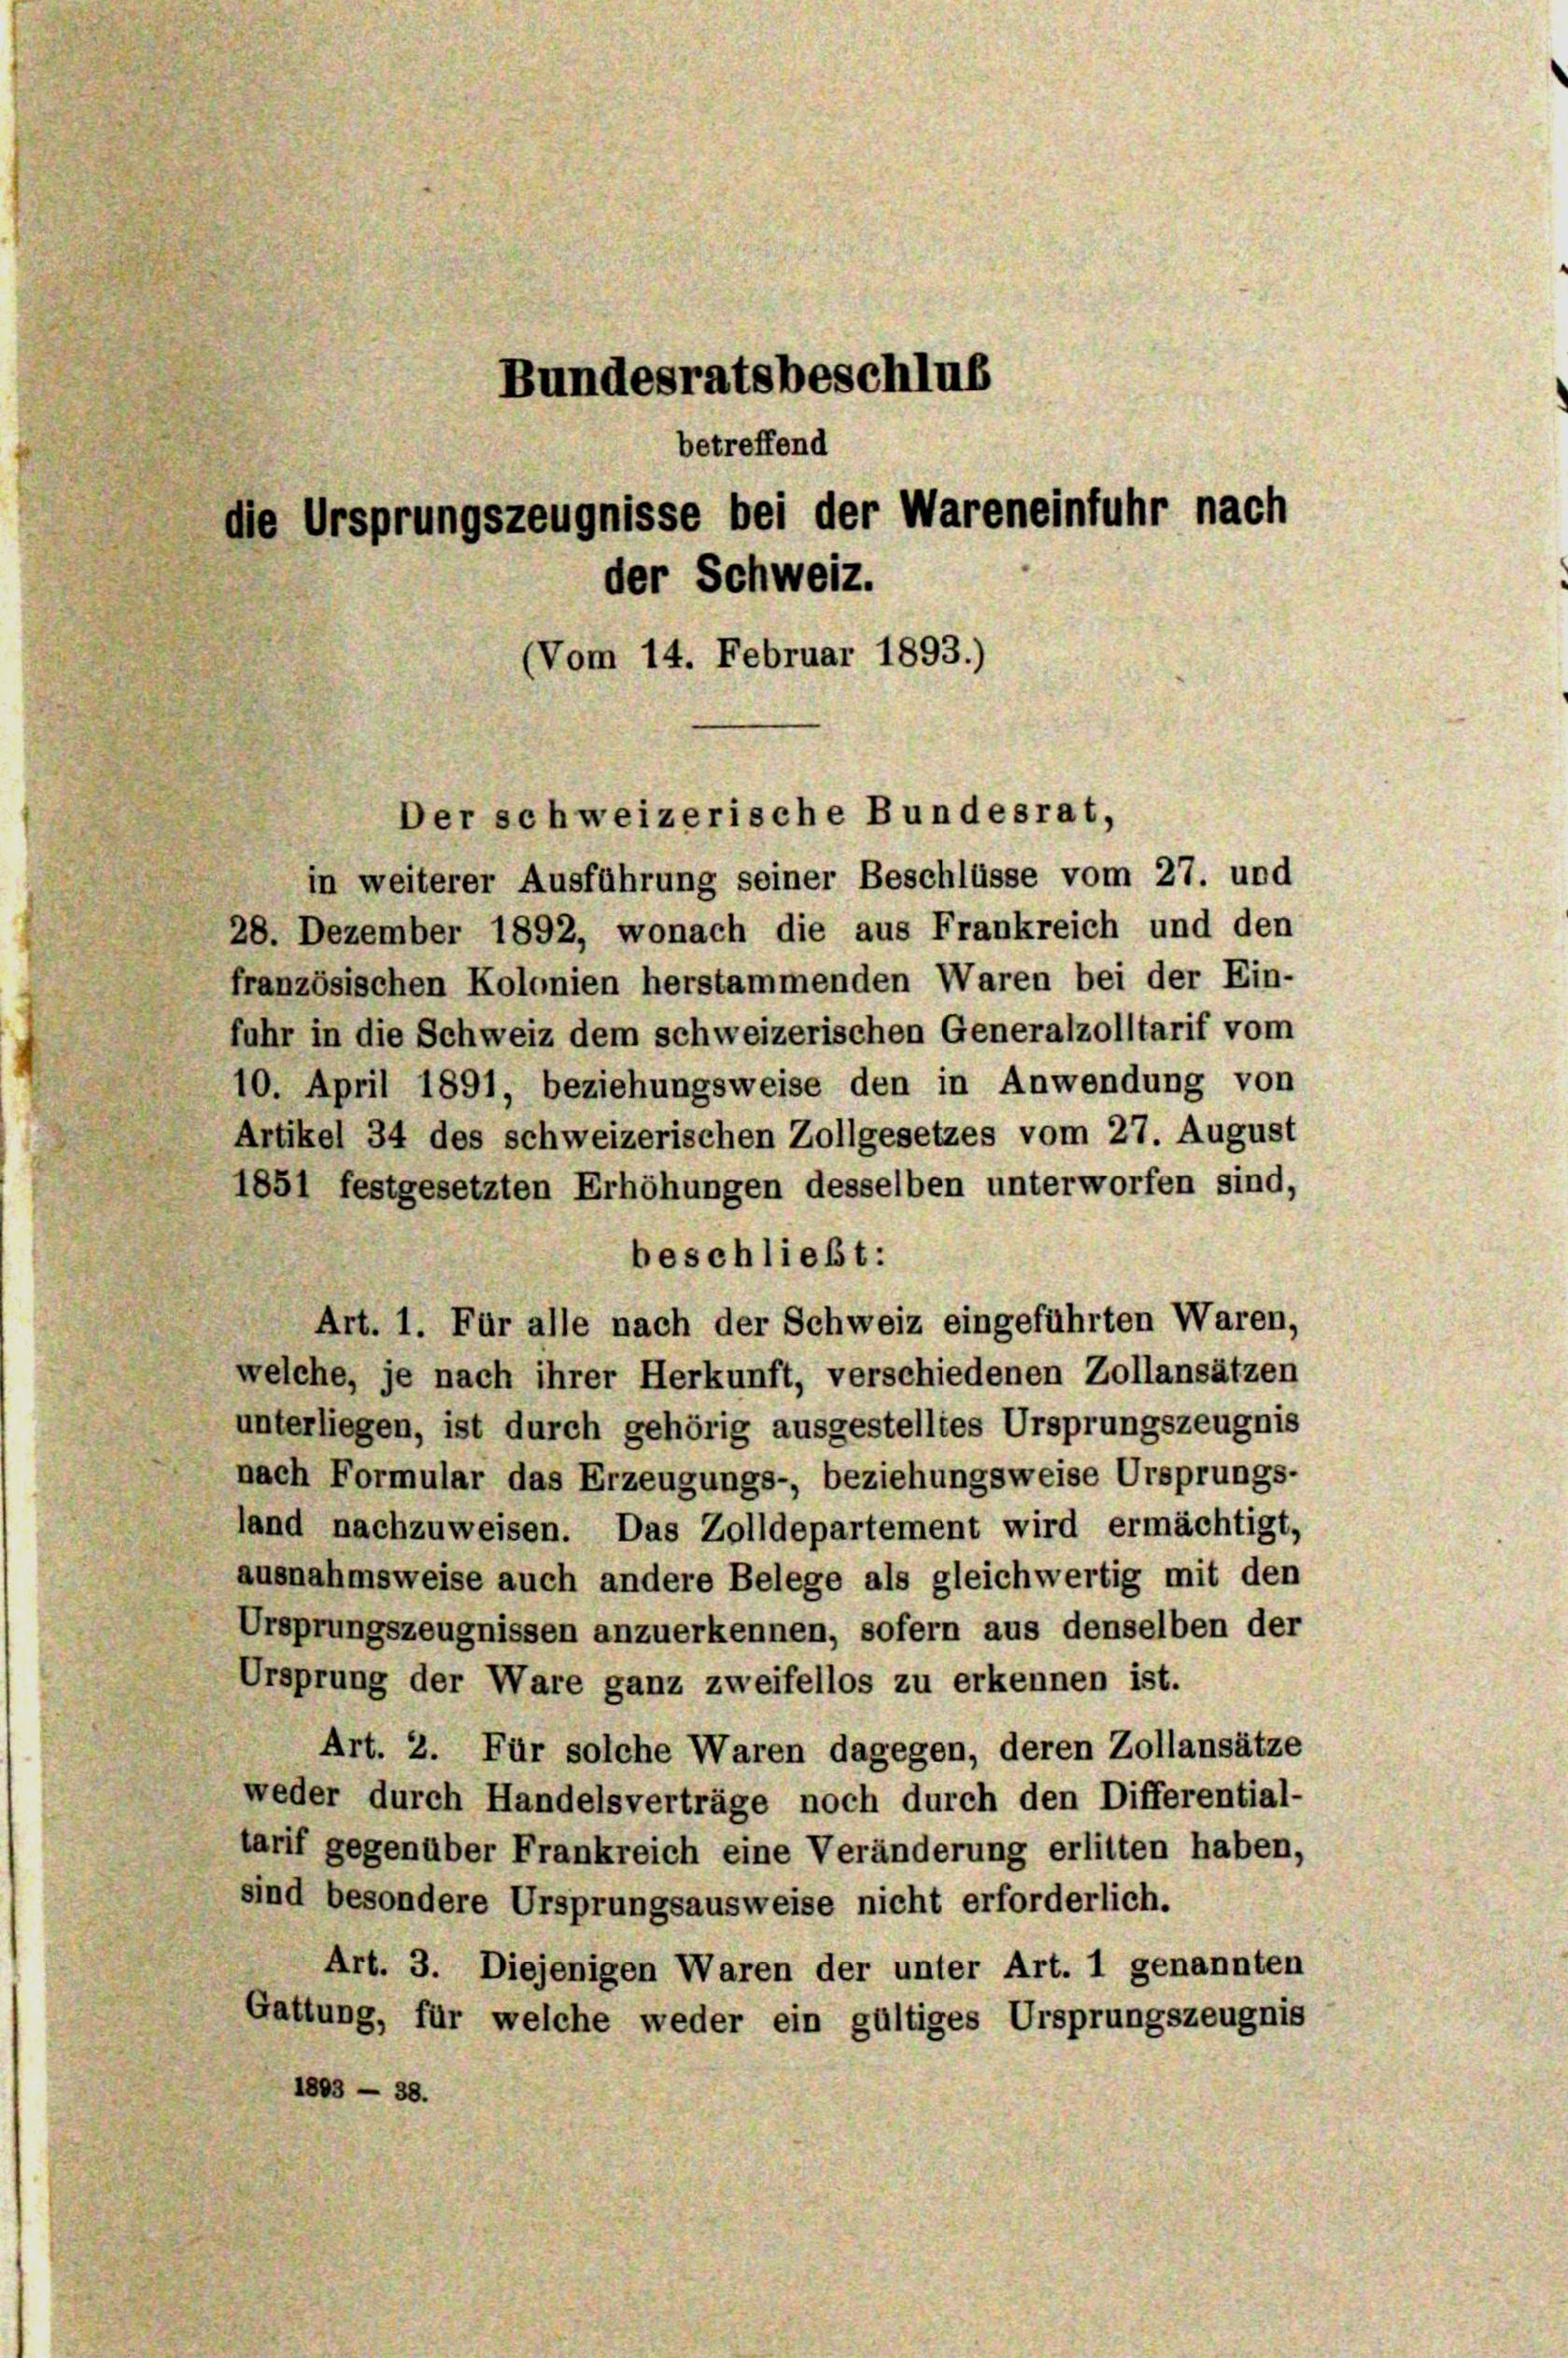
Bundesratsbeschlus
betreffend
die Ursprungszeugnisse bei der Wareneinfuhr nach
der Schweiz.
(Vom 14. Februar 1893.)

in weiterer Ausführung seiner Beschlüsse vom 27. und
28. Dezember 1892, wonach die aus Frankreich und den
französischen Kolonien herstammenden Waren bei der Ein-
fuhr in die Schweiz dem schweizerischen Generalzolltarif vom
10. April 1891, beziehungsweise den in Anwendung von
Artikel 34 des schweizerischen Zollgesetzes vom 27. August
1851 festgesetzten Erhöhungen desselben unterworfen sind,
beschließt:
Art. 1. Für alle nach der Schweiz eingeführten Waren,
welche, je nach ihrer Herkunft, verschiedenen Zollansätzen
unterliegen, ist durch gehörig ausgestelltes Ursprungszeugnis
nach Formular das Erzeugungs-, beziehungsweise Ursprungs-
land nachzuweisen. Das Zolldepartement wird ermächtigt,
ausnahmsweise auch andere Belege als gleichwertig mit den
Ursprungszeugnissen anzuerkennen, sofern aus denselben der
Ursprung der Ware ganz zweifellos zu erkennen ist.
Art. 2. Für solche Waren dagegen, deren Zollansätze
weder durch Handelsverträge noch durch den Differential-
tarif gegenüber Frankreich eine Veränderung erlitten haben,
sind besondere Ursprungsausweise nicht erforderlich.
Art. 3. Diejenigen Waren der unter Art. 1 genannten
Gattung, für welche weder ein gültiges Ursprungszeugnis
1803 — 38.

Der schweizerische Bundesrat,